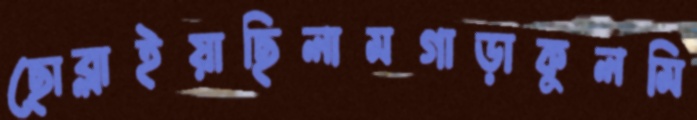
ছোব্‌লাইয়াছিলামগাড়াকুলমি